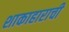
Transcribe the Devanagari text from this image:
शाकाहाराची